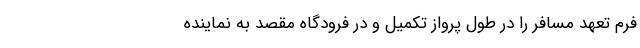
فرم تعهد مسافر را در طول پرواز تکمیل و در فرودگاه مقصد به نماینده